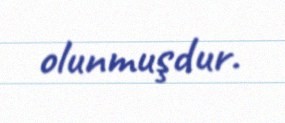
olunmuşdur.